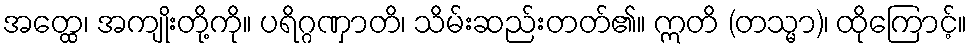
အတ္ထေ၊ အကျိုးတို့ကို။ ပရိဂ္ဂဏှာတိ၊ သိမ်းဆည်းတတ်၏။ ဣတိ (တသ္မာ)၊ ထိုကြောင့်။